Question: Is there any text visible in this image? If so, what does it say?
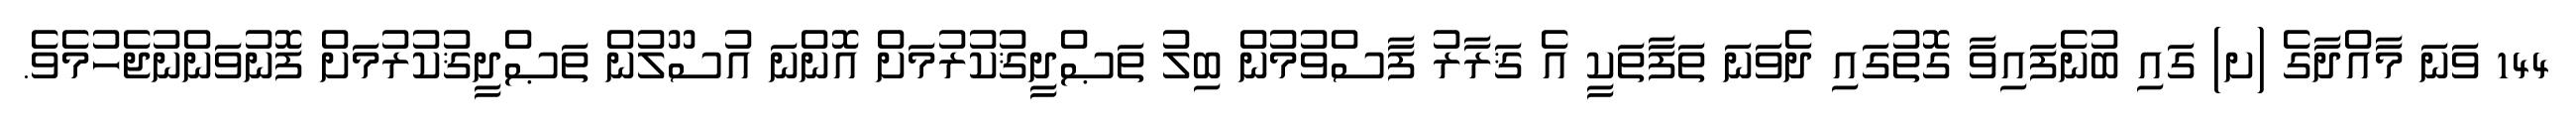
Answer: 144 ވަނަ މާއްދާގެ (ށ) ގައި ބުނެފައިވާ ގޮތުގައި ދެވަނަ ތަފާތަކީ އެ ޤަރާރު ފާސްވުމުން ބިލު ތަޞްދީޤުކުރުމަށް އޮންނަ އުސޫލުން ތަޞްދީޤުކުރުމަށް ފޮނުވަންނުޖެހުމެވެ.